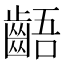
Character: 齬